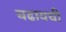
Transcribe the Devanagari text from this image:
चढायची